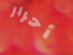
أحرار